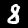
Label: 8